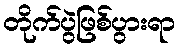
တိုက်ပွဲဖြစ်ပွားရာ